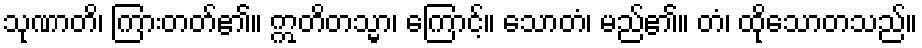
သုဏာတိ၊ ကြားတတ်၏။ ဣတိတသ္မာ၊ ကြောင့်။ သောတံ၊ မည်၏။ တံ၊ ထိုသောတသည်။